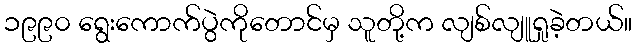
၁၉၉၀ ရွေးကောက်ပွဲကိုတောင်မှ သူတို့က လျစ်လျူရှုခဲ့တယ်။